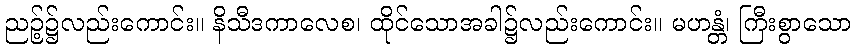
ညဉ့်၌လည်းကောင်း။ နိသီဒကာလေစ၊ ထိုင်သောအခါ၌လည်းကောင်း။ မဟန္တံ၊ ကြီးစွာသော